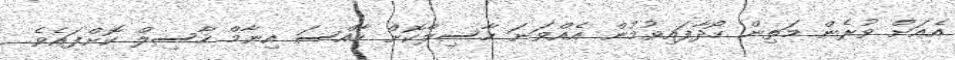
އެއަށް ވުރެން މަތިން ހޯދާފައިވުމުން އެއްވަނަ ހާސިލްކޮށް ހާއްސަ އިނާމް ހާސިލް ކޮށްފައެވެ.